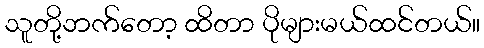
သူတို့ဘက်တော့ ထိတာ ပိုများမယ်ထင်တယ်။